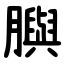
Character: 䑂